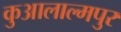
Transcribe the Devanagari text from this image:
कुआलाल्मपुर